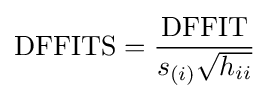
{\text{DFFITS}}={\frac {\text{DFFIT}}{s_{(i)}{\sqrt {h_{ii}}}}}